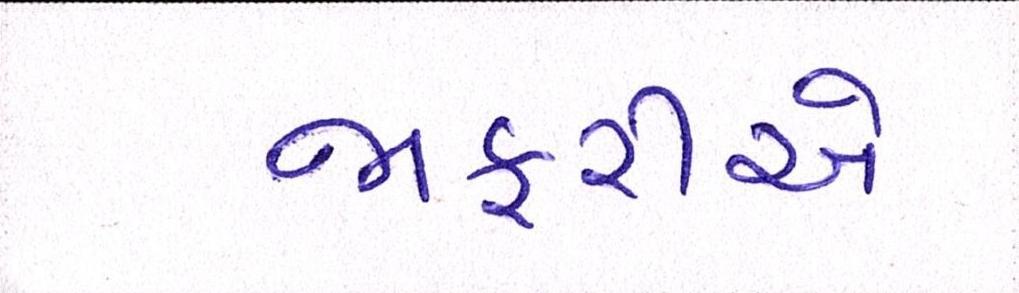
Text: જાફરીએ